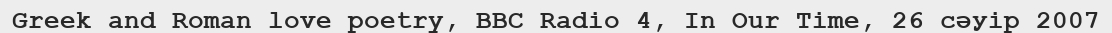
Greek and Roman love poetry, BBC Radio 4, In Our Time, 26 сәуір 2007